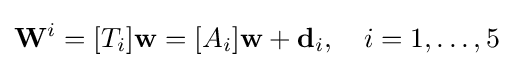
\mathbf {W} ^{i}=[T_{i}]\mathbf {w} =[A_{i}]\mathbf {w} +\mathbf {d} _{i},\quad i=1,\ldots ,5